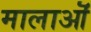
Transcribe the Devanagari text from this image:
मालाऒं